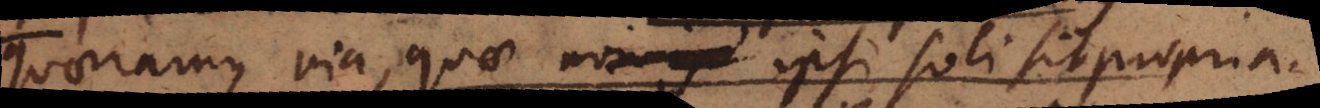
quaeramus via, quae ipsi soli sit propria.